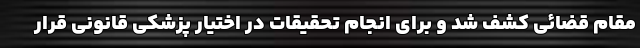
مقام قضائی کشف شد و برای انجام تحقیقات در اختیار پزشکی قانونی قرار